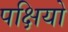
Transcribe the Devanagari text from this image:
पक्षियो